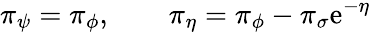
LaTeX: {\pi}_{\psi}={\pi}_{\phi},\qquad{\pi}_{\eta}={\pi}_{\phi}-{\pi}_{\sigma}\mathrm{e}^{-\eta}